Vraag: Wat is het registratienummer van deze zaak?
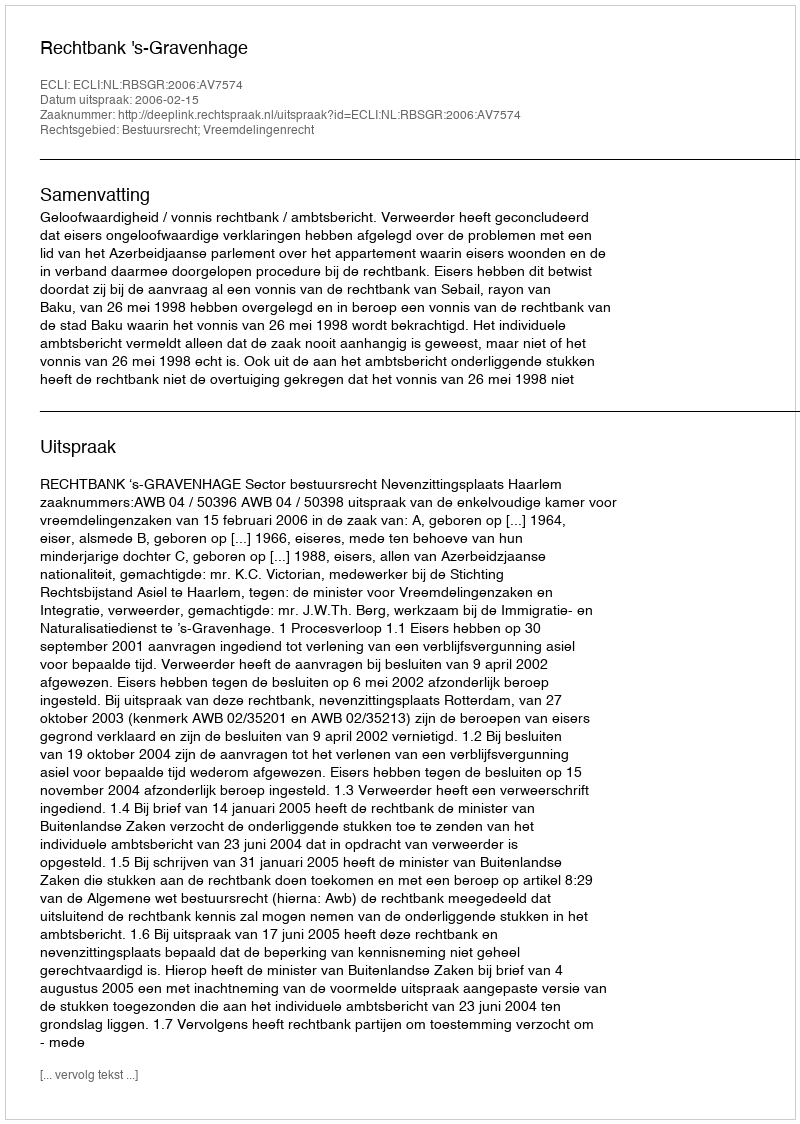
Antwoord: http://deeplink.rechtspraak.nl/uitspraak?id=ECLI:NL:RBSGR:2006:AV7574